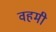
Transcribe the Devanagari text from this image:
वहमी